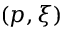
\left( p , \xi \right)